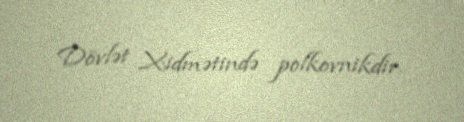
Dövlət Xidmətində polkovnikdir.